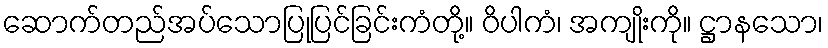
ဆောက်တည်အပ်သောပြုပြင်ခြင်းကံတို့။ ဝိပါကံ၊ အကျိုးကို။ ဋ္ဌာနသော၊